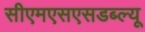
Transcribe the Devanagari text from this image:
सीएमएसएसडब्ल्यू